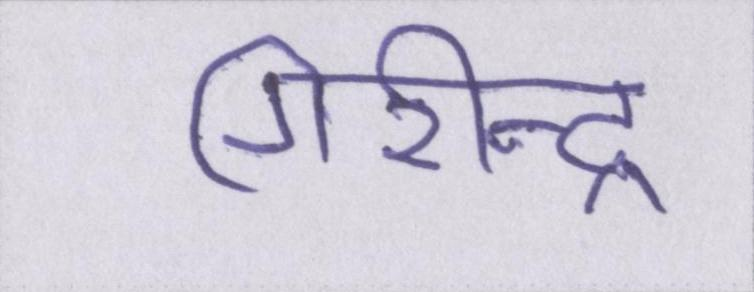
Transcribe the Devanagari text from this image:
गिरीन्द्र